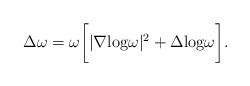
LaTeX: \begin{align*}\Delta \omega=\omega\biggl[|\nabla \textrm{log} \omega|^2+ \Delta \textrm{log}\omega\biggl].\end{align*}